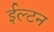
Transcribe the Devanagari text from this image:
ईल्टन